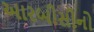
આરબીસીનો